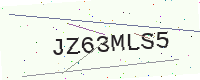
Text: JZ63MLS5